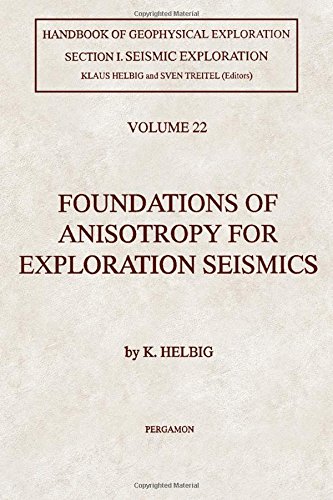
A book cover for Foundations of Anisotropy for Exploration Seismics (Handbook of Geophysical Exploration: Seismic Exploration); K. Helbig; Science & Math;